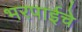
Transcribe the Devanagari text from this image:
भरपाईचे